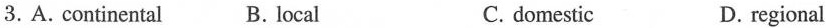
3. A. Continental B. Local C. domestic D. regional